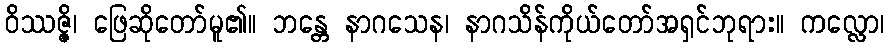
ဝိဿဇ္ဇိ၊ ဖြေဆိုတော်မူ၏။ ဘန္တေ နာဂသေန၊ နာဂသိန်ကိုယ်တော်အရှင်ဘုရား။ ကလ္လော၊